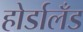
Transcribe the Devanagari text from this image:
होर्डालँड